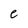
Character: e